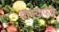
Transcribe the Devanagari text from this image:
बाज्याफत